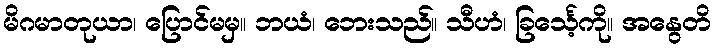
မိဂမာတုယာ၊ ပြောင်မမှ။ ဘယံ၊ ဘေးသည်။ သီဟံ၊ ခြင်္သေ့ကို။ အနွေတိ